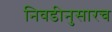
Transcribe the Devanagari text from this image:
निवडीनुसारच